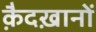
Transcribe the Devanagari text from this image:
क़ैदख़ानों